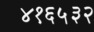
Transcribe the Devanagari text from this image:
४१६५३२